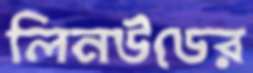
লিনউডের